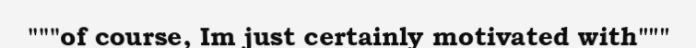
"""of course, Im just certainly motivated with"""